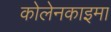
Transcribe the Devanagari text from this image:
कोलेनकाइमा